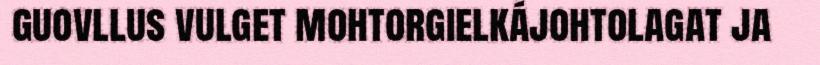
guovllus vulget mohtorgielkájohtolagat ja